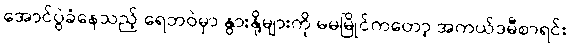
အောင်ပွဲခံနေသည့် ရေဘဝဲမှာ နွားနို့များကို မမမြိုင်ကတော့ အကယ်ဒမီစာရင်း